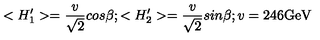
< H _ { 1 } ^ { \prime } > = { \frac { v } { \sqrt 2 } } c o s \beta ; < H _ { 2 } ^ { \prime } > = { \frac { v } { \sqrt 2 } } s i n \beta ; v = 2 4 6 \mathrm { G e V }